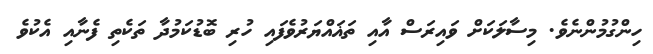
ހިންގުމުންނެވެ. މިސާލަކަށް ވައިރަސް އާއި ތަޣައްޔަރުވެފައި ހުރި ބޮޑުކަމުދާ ތަކެތި ފެނާއި އެކުވެ